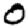
Digit: 0